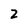
Character: 2